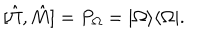
[ \hat { \Pi } , \hat { M } ] = P _ { \Omega } = | \Omega \rangle \langle \Omega | .